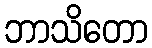
ဘာသိတော